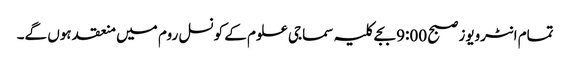
تمام انٹرویوز صبح 9:00 بجے کلیہ سماجی علوم کے کونسل روم میں منعقد ہوں گے۔